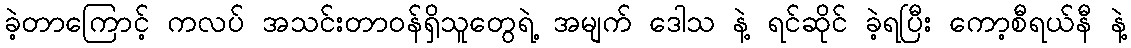
ခဲ့တာကြောင့် ကလပ် အသင်းတာဝန်ရှိသူတွေရဲ့ အမျက် ဒေါသ နဲ့ ရင်ဆိုင် ခဲ့ရပြီး ကော့စီရယ်နီ နဲ့